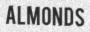
ALMONDS